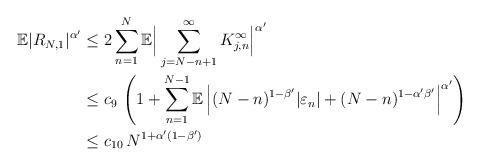
LaTeX: \begin{align*}\mathbb{E}|R_{N,1}|^{\alpha'}&\leq 2 \sum^N_{n=1}\mathbb{E}\Big|\sum^{\infty}_{j=N-n+1}K^{\infty}_{j,n}\Big|^{\alpha'}\\&\leq c_9\, \left(1+\sum^{N-1}_{n=1} \mathbb{E}\left| (N-n)^{1-\beta'}|\varepsilon_n|+(N-n)^{1-\alpha'\beta'}\right|^{\alpha'}\right)\\&\leq c_{10}\, N^{1+\alpha'(1-\beta')}\end{align*}